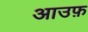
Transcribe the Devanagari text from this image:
आउफ़